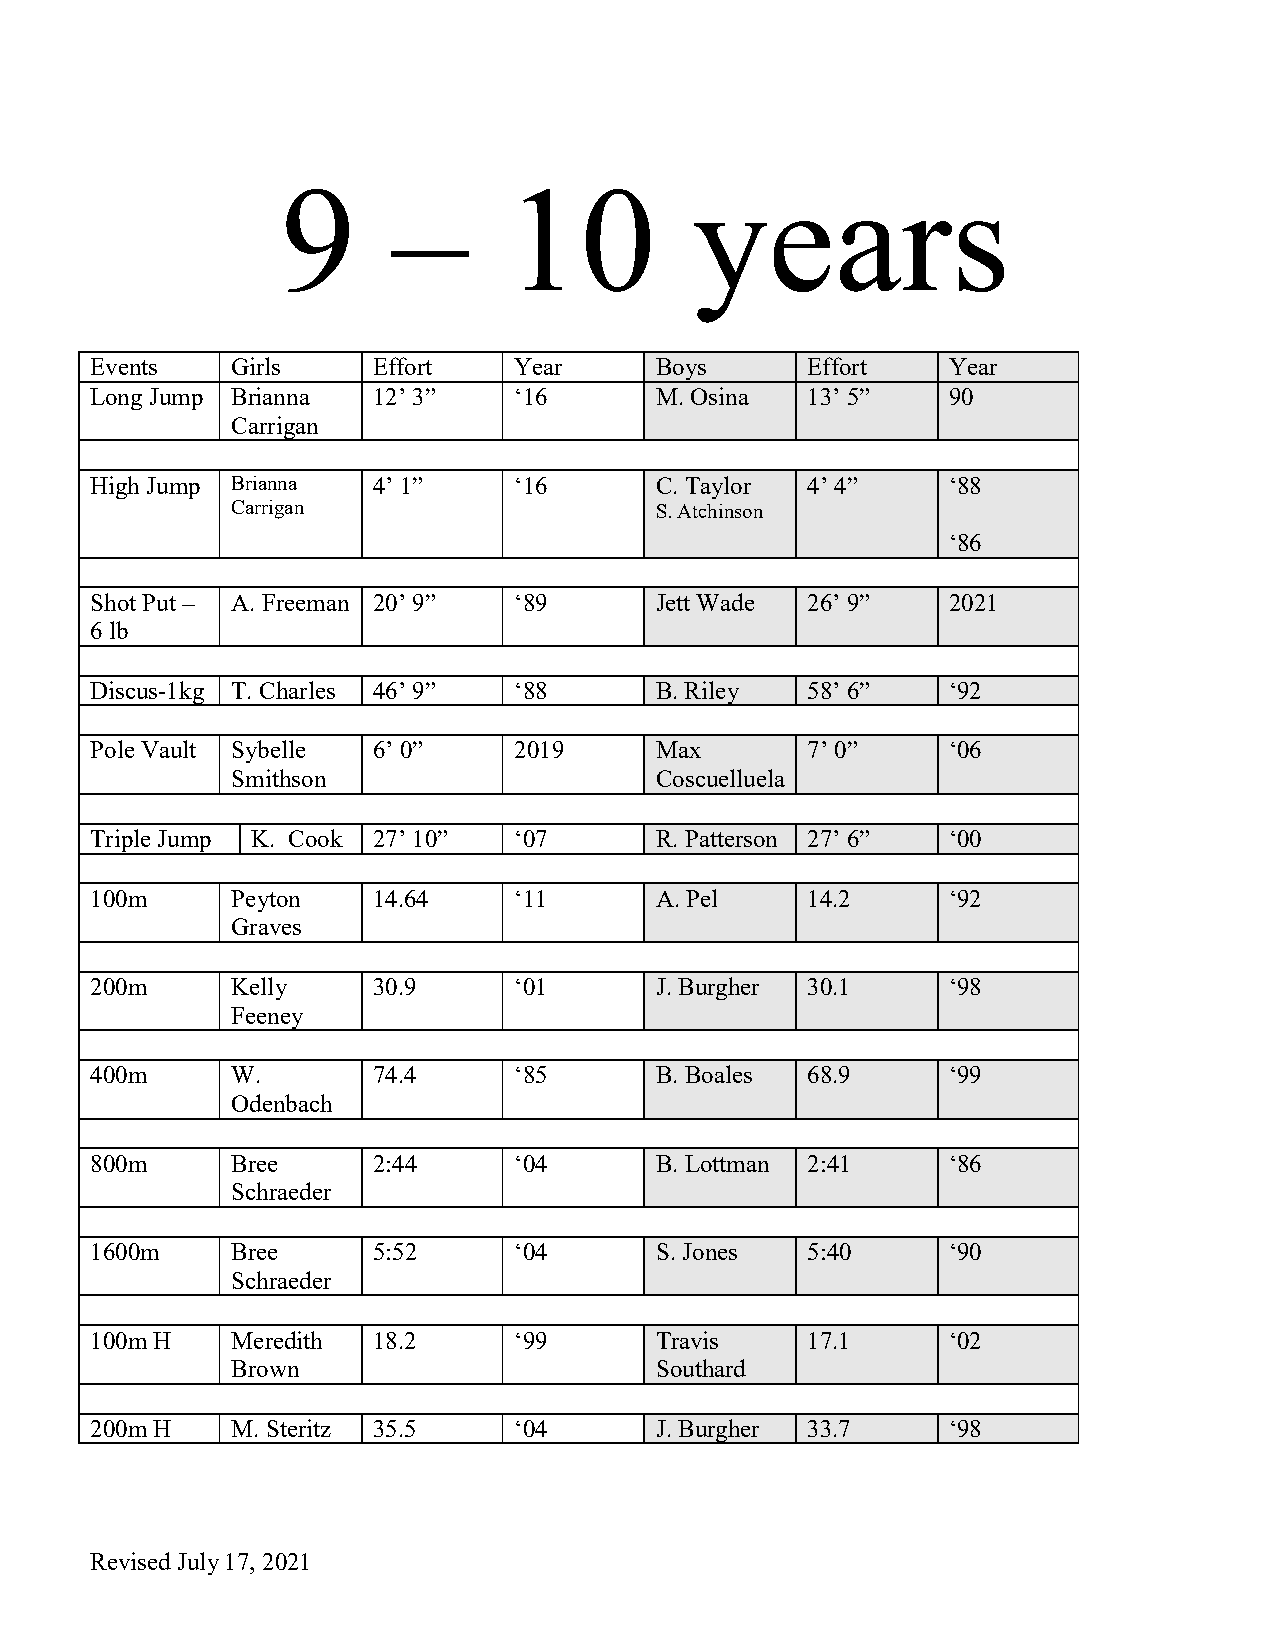
9      –      10           years
 Events   Girls     Effort   Year     Boys      Effort    Year
 Long Jump Brianna  12’ 3”   ‘16      M. Osina  13’ 5”    90
 Carrigan
 High Jump Brianna  4’ 1”    ‘16      C. Taylor 4’ 4”     ‘88
 Carrigan                    S. Atchinson
 ‘86
 Shot Put – A. Freeman 20’ 9” ‘89     Jett Wade 26’ 9”    2021
 6 lb
 Discus-1kg T. Charles 46’ 9” ‘88     B. Riley  58’ 6”    ‘92
 Pole Vault Sybelle 6’ 0”    2019     Max       7’ 0”     ‘06
 Smithson                    Coscuelluela
 Triple Jump K. Cook 27’ 10” ‘07      R. Patterson 27’ 6” ‘00
 100m     Peyton    14.64    ‘11      A. Pel    14.2      ‘92
 Graves
 200m     Kelly     30.9     ‘01      J. Burgher 30.1     ‘98
 Feeney
 400m     W.        74.4     ‘85      B. Boales 68.9      ‘99
 Odenbach
 800m     Bree      2:44     ‘04      B. Lottman 2:41     ‘86
 Schraeder
 1600m    Bree      5:52     ‘04      S. Jones  5:40      ‘90
 Schraeder
 100m H   Meredith  18.2     ‘99      Travis    17.1      ‘02
 Brown                       Southard
 200m H   M. Steritz 35.5    ‘04      J. Burgher 33.7     ‘98
 Revised July 17, 2021